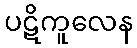
ပဋိကူလေန